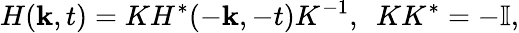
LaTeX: H({\mathbf k},t)=KH^{*}(-{\mathbf k},-t)K^{-1},~~KK^{*}=-\mathbb{I},